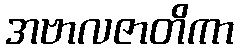
အဗာလဇာတိကာ